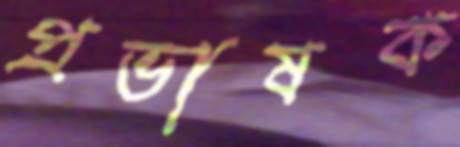
প্রভাষক